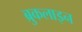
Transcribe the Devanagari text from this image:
ब्रुकलाइन